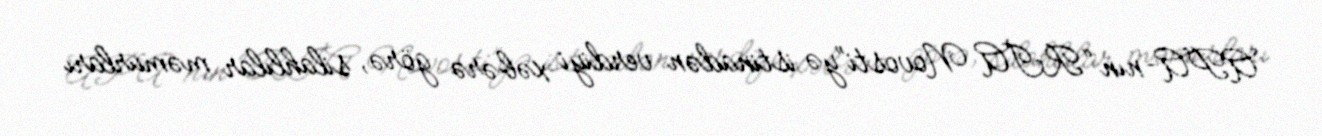
APA-nın “RİA Novosti”yə istinadən verdiyi xəbərə görə, silahlılar məmurları